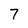
Character: 7